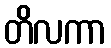
တိလကာ